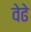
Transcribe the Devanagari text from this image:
वेढे